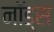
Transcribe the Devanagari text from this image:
नॉड्स